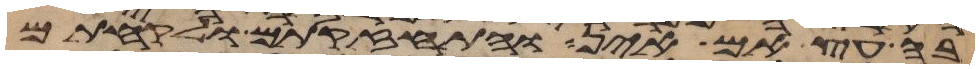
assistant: בה עץ אם אין והתחזקתם ולקחתם